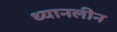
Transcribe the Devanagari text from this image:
ध्यानलीन